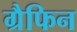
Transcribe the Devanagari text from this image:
ग्रैफिन